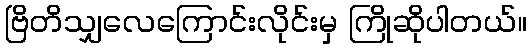
ဗြိတိသျှလေကြောင်းလိုင်းမှ ကြိုဆိုပါတယ်။